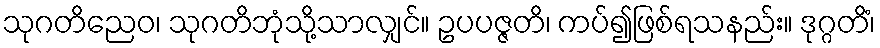
သုဂတိညေဝ၊ သုဂတိဘုံသို့သာလျှင်။ ဥပပဇ္ဇတိ၊ ကပ်၍ဖြစ်ရသနည်း။ ဒုဂ္ဂတိံ၊